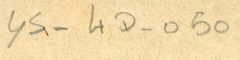
YS-4D-05٠